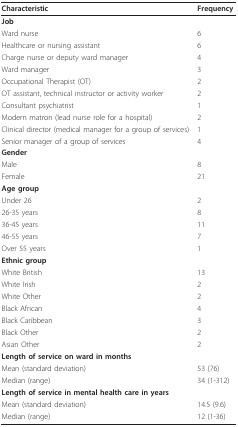
<table><thead><tr><td><b>Characteristic</b></td><td><b>Frequency</b></td></tr></thead><tbody><tr><td><b>Job</b></td><td>[EMPTY_CELL]</td></tr><tr><td>Ward nurse</td><td>6</td></tr><tr><td>Healthcare or nursing assistant</td><td>6</td></tr><tr><td>Charge nurse or deputy ward manager</td><td>4</td></tr><tr><td>Ward manager</td><td>3</td></tr><tr><td>Occupational Therapist (OT)</td><td>2</td></tr><tr><td>OT assistant, technical instructor or activity worker</td><td>2</td></tr><tr><td>Consultant psychiatrist</td><td>1</td></tr><tr><td>Modern matron (lead nurse role for a hospital)</td><td>2</td></tr><tr><td>Clinical director (medical manager for a group of services)</td><td>1</td></tr><tr><td>Senior manager of a group of services</td><td>4</td></tr><tr><td><b>Gender</b></td><td>[EMPTY_CELL]</td></tr><tr><td>Male</td><td>8</td></tr><tr><td>Female</td><td>21</td></tr><tr><td><b>Age group</b></td><td>[EMPTY_CELL]</td></tr><tr><td>Under 26</td><td>2</td></tr><tr><td>26-35 years</td><td>8</td></tr><tr><td>36-45 years</td><td>11</td></tr><tr><td>46-55 years</td><td>7</td></tr><tr><td>Over 55 years</td><td>1</td></tr><tr><td><b>Ethnic group</b></td><td>[EMPTY_CELL]</td></tr><tr><td>White British</td><td>13</td></tr><tr><td>White Irish</td><td>2</td></tr><tr><td>White Other</td><td>2</td></tr><tr><td>Black African</td><td>4</td></tr><tr><td>Black Caribbean</td><td>3</td></tr><tr><td>Black Other</td><td>2</td></tr><tr><td>Asian Other</td><td>2</td></tr><tr><td><b>Length of service on ward in months</b></td><td>[EMPTY_CELL]</td></tr><tr><td>Mean (standard deviation)</td><td>53 (76)</td></tr><tr><td>Median (range)</td><td>34 (1-312)</td></tr><tr><td><b>Length of service in mental health care in years</b></td><td>[EMPTY_CELL]</td></tr><tr><td>Mean (standard deviation)</td><td>14.5 (9.6)</td></tr><tr><td>Median (range)</td><td>12 (1-36)</td></tr></tbody></table>